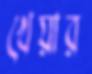
খেয়ার